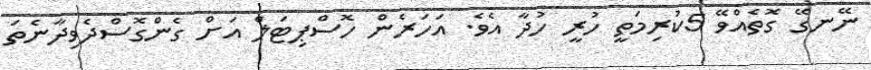
ނޭނގޭ ގޮތެއްވޭ 5ކުރިމަތީ ހުރީ ހުދާ އެވެ. އަހަރެން ހޮސްޕިޓަލް އަށް ގެންގޮސްދެވިދާނެތަ